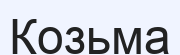
Козьма